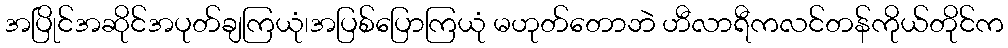
အပြိုင်အဆိုင်အပုတ်ချကြယုံ၊အပြစ်ပြောကြယုံ မဟုတ်တောဘဲ ဟီလာရီကလင်တန်ကိုယ်တိုင်က